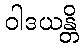
ဝါဒယန္တိ